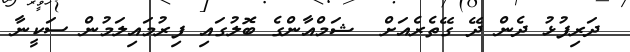
ދަރިފުޅު ދެން ދޭ ގޭތެރެއަށް  ޝަމްއާންގެ ބޮލުގައި ފިރުމައިލަމުން ސަކީނާ